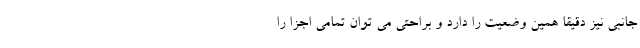
جانبی نیز دقیقا همین وضعیت را دارد و براحتی می توان تمامی اجزا را